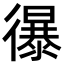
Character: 𢖔